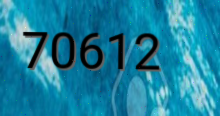
70612